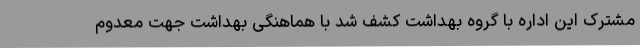
مشترک این اداره با گروه بهداشت کشف شد با هماهنگی بهداشت جهت معدوم